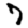
Digit: 7